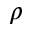
\rho